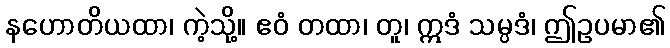
နဟောတိယထာ၊ ကဲ့သို့။ ဧဝံ တထာ၊ တူ၊ ဣဒံ သမ္ပဒံ၊ ဤဥပမာ၏